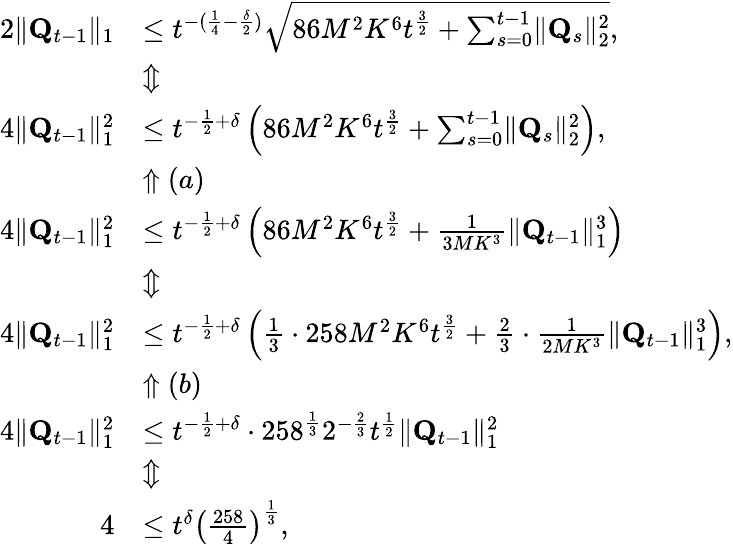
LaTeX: \begin{array}{rl}{2\lVert\mathbf Q_{t-1}\rVert_{1}}&{\le t^{-(\frac 14-\frac\delta 2)}\sqrt{86M^{2}K^{6}t^{\frac 32}+\sum_{s=0}^{t-1}\lVert\mathbf Q_{s}\rVert_{2}^{2}},}\\ &{\Updownarrow}\\ {4\lVert\mathbf Q_{t-1}\rVert_{1}^{2}}&{\le t^{-\frac 12+\delta}\left(86M^{2}K^{6}t^{\frac 32}+\sum_{s=0}^{t-1}\lVert\mathbf Q_{s}\rVert_{2}^{2}\right),}\\ &{\Uparrow(a)}\\ {4\lVert\mathbf Q_{t-1}\rVert_{1}^{2}}&{\le t^{-\frac 12+\delta}\left(86M^{2}K^{6}t^{\frac 32}+\frac 1{3MK^{3}}\lVert\mathbf Q_{t-1}\rVert_{1}^{3}\right)}\\ &{\Updownarrow}\\ {4\lVert\mathbf Q_{t-1}\rVert_{1}^{2}}&{\le t^{-\frac 12+\delta}\left(\frac 13\cdot 258M^{2}K^{6}t^{\frac 32}+\frac 23\cdot\frac 1{2MK^{3}}\lVert\mathbf Q_{t-1}\rVert_{1}^{3}\right),}\\ &{\Uparrow(b)}\\ {4\lVert\mathbf Q_{t-1}\rVert_{1}^{2}}&{\le t^{-\frac 12+\delta}\cdot 258^{\frac 13}2^{-\frac 23}t^{\frac 12}\lVert\mathbf Q_{t-1}\rVert_{1}^{2}}\\ &{\Updownarrow}\\ {4}&{\le t^{\delta}\left(\frac{258}4\right)^{\frac 13},}\end{array}